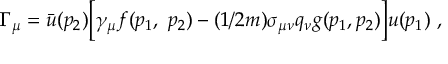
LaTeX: \Gamma _ { \mu } = \bar { u } ( p _ { 2 } ) \Big [ \gamma _ { \mu } f ( p _ { 1 } , ~ p _ { 2 } ) - ( 1 / 2 m ) \sigma _ { \mu \nu } q _ { \nu } g ( p _ { 1 } , p _ { 2 } ) \Big ] u ( p _ { 1 } ) ~ ,